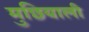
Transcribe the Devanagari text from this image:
मुछियाली